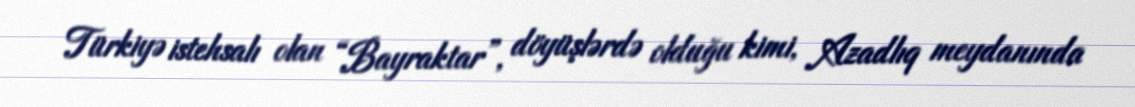
Türkiyə istehsalı olan “Bayraktar”, döyüşlərdə olduğu kimi, Azadlıq meydanında